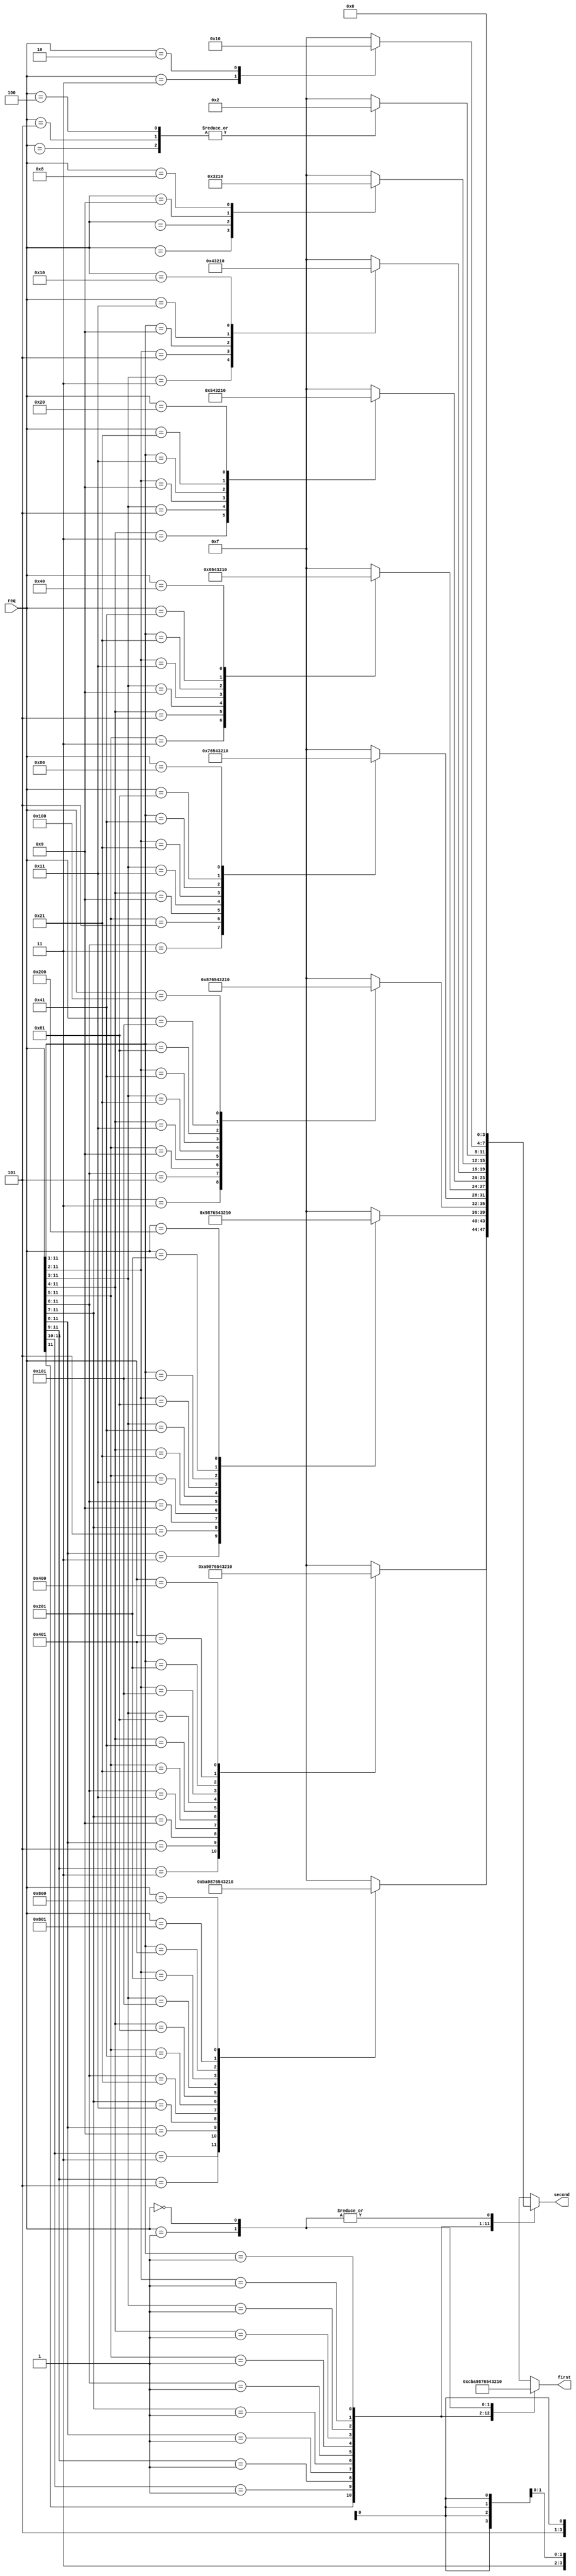
`timescale 1ns / 1ps
//////////////////////////////////////////////////////////////////////////////////
// Company: 
// Engineer: 
// 
// Design Name: 
// Module Name: dualPriorityEncoder
// Project Name: 
// Target Devices: 
// Tool Versions: 
// Description: 
// 
// Dependencies: 
// 
// Revision:
// Revision 0.01 - File Created
// Additional Comments:
// 
//////////////////////////////////////////////////////////////////////////////////


module dualPriorityEncoder(
    input [11:0] req,
    output reg [3:0] first,
    output reg [3:0] second
    );

    always@(*) begin 
        casex(req)
            12'b1XXXXXXXXXXX: begin
                first = 4'b1100; 
                casex(req)
                    12'b11XXXXXXXXXX: begin
                        second = 4'b1011;
                    end 
                    12'b101XXXXXXXXX: begin
                        second = 4'b1010;
                    end 
                    12'b1001XXXXXXXX: begin
                        second = 4'b1001;
                    end 
                    12'b10001XXXXXXX: begin
                        second = 4'b1000;
                    end 
                    12'b100001XXXXXX: begin
                        second = 4'b0111;
                    end 
                    12'b1000001XXXXX: begin
                        second = 4'b0110;
                    end 
                    12'b10000001XXXX: begin
                        second = 4'b0101;
                    end 
                    12'b100000001XXX: begin
                        second = 4'b0100;
                    end 
                    12'b1000000001XX: begin
                        second = 4'b0011;
                    end 
                    12'b10000000001X: begin
                        second = 4'b0010;
                    end 
                    12'b100000000001: begin
                        second = 4'b0001;
                    end
                    12'b100000000000: begin
                        second = 4'b0000;
                    end 
                    default: begin
                        second = 4'b1111;
                    end
                endcase
            end
            12'b01XXXXXXXXXX: begin
                first = 4'b1011;
                casex(req)
                    12'b011XXXXXXXXX: begin
                        second = 4'b1010;
                    end
                    12'b0101XXXXXXXX: begin
                        second = 4'b1001;
                    end
                    12'b01001XXXXXXX: begin
                        second = 4'b1000;
                    end
                    12'b010001XXXXXX: begin
                        second = 4'b0111;
                    end
                    12'b0100001XXXXX: begin
                        second = 4'b0110;
                    end
                    12'b01000001XXXX: begin
                        second = 4'b0101;
                    end
                    12'b010000001XXX: begin
                        second = 4'b0100;
                    end
                    12'b0100000001XX: begin
                        second = 4'b0011;
                    end
                    12'b01000000001X: begin
                        second = 4'b0010;
                    end
                    12'b010000000001: begin
                        second = 4'b0001;
                    end
                    12'b010000000000: begin
                        second = 4'b0000;
                    end
                    default: begin
                        second = 4'b1111;
                    end
                endcase
            end
            12'b001XXXXXXXXX: begin
                first = 4'b1010;
                casex(req)
                    12'b0011XXXXXXXX: begin
                        second = 4'b1001;
                    end
                    12'b00101XXXXXXX: begin
                        second = 4'b1000;
                    end
                    12'b001001XXXXXX: begin
                        second = 4'b0111;
                    end
                    12'b0010001XXXXX: begin
                        second = 4'b0110;
                    end
                    12'b00100001XXXX: begin
                        second = 4'b0101;
                    end
                    12'b001000001XXX: begin
                        second = 4'b0100;
                    end
                    12'b0010000001XX: begin
                        second = 4'b0011;
                    end
                    12'b00100000001X: begin
                        second = 4'b0010;
                    end
                    12'b001000000001: begin
                        second = 4'b0001;
                    end
                    12'b001000000000: begin
                        second = 4'b0000;
                    end
                    default: begin
                        second = 4'b1111;
                    end
                endcase
            end
            12'b0001XXXXXXXX: begin
                first = 4'b1001;
                casex(req)
                    12'b00011XXXXXXX: begin
                        second = 4'b1000;
                    end
                    12'b000101XXXXXX: begin
                        second = 4'b0111;
                    end
                    12'b0001001XXXXX: begin
                        second = 4'b0110;
                    end
                    12'b00010001XXXX: begin
                        second = 4'b0101;
                    end
                    12'b000100001XXX: begin
                        second = 4'b0100;
                    end
                    12'b0001000001XX: begin
                        second = 4'b0011;
                    end
                    12'b00010000001X: begin
                        second = 4'b0010;
                    end
                    12'b000100000001: begin
                        second = 4'b0001;
                    end
                    12'b000100000000: begin
                        second = 4'b0000;
                    end
                    default: begin
                        second = 4'b1111;
                    end
                endcase
            end
            12'b00001XXXXXXX: begin
                first = 4'b1000;
                casex(req)
                    12'b000011XXXXXX: begin    
                        second = 4'b0111;
                    end
                    12'b0000101XXXXX: begin    
                        second = 4'b0110;
                    end
                    12'b00001001XXXX: begin    
                        second = 4'b0101;
                    end
                    12'b000010001XXX: begin    
                        second = 4'b0100;
                    end
                    12'b0000100001XX: begin    
                        second = 4'b0011;
                    end
                    12'b00001000001X: begin    
                        second = 4'b0010;
                    end
                    12'b000010000001: begin    
                        second = 4'b0001;
                    end
                    12'b000010000000: begin    
                        second = 4'b0000;
                    end
                    default: begin
                        second = 4'b1111;
                    end
                endcase
            end
            12'b000001XXXXXX: begin
                first = 4'b0111; 
                casex(req)
                    12'b0000011XXXXX: begin
                        second = 4'b0110;
                    end
                    12'b00000101XXXX: begin
                        second = 4'b0101;
                    end
                    12'b000001001XXX: begin
                        second = 4'b0100;
                    end
                    12'b0000010001XX: begin
                        second = 4'b0011;
                    end
                    12'b00000100001X: begin
                        second = 4'b0010;
                    end
                    12'b000001000001: begin
                        second = 4'b0001;
                    end
                    12'b000001000000: begin
                        second = 4'b0000;
                    end
                    default: begin
                        second = 4'b1111;
                    end
                endcase
            end
            12'b0000001XXXXX: begin
                first = 4'b0110;  
                casex(req)
                    12'b00000011XXXX: begin
                        second = 4'b0101;
                    end
                    12'b000000101XXX: begin
                        second = 4'b0100;
                    end
                    12'b0000001001XX: begin
                        second = 4'b0011;
                    end
                    12'b00000010001X: begin
                        second = 4'b0010;
                    end
                    12'b000000100001: begin
                        second = 4'b0001;
                    end
                    12'b000000100000: begin
                        second = 4'b0000;
                    end
                    default: begin
                        second = 4'b1111;
                    end
                endcase
            end
            12'b00000001XXXX: begin
                first = 4'b0101;    
                casex(req)
                    12'b000000011XXX: begin
                        second = 4'b0100;
                    end
                    12'b0000000101XX: begin
                        second = 4'b0011;
                    end
                    12'b00000001001X: begin
                        second = 4'b0010;
                    end
                    12'b000000010001: begin
                        second = 4'b0001;
                    end
                    12'b000000010000: begin
                        second = 4'b0000;
                    end
                    default: begin
                        second = 4'b1111;
                    end
                endcase
            end
            12'b000000001XXX: begin
                first = 4'b0100;    
                case(req)
                    12'b0000000011XX: begin
                        second = 4'b0011;
                    end
                    12'b00000000101X: begin
                        second = 4'b0010;
                    end
                    12'b000000001001: begin
                        second = 4'b0001;
                    end
                    12'b000000001000: begin
                        second = 4'b0000;
                    end
                    default: begin
                        second = 4'b1111;
                    end
                endcase
            end
            12'b0000000001XX: begin
                first = 4'b0011; 
                case(req)
                    12'b00000000011X: begin
                        second = 4'b0010;
                    end
                    12'b000000000101: begin
                        second = 4'b0010;
                    end
                    12'b000000000100: begin
                        second = 4'b0010;
                    end
                    default: begin
                        second = 4'b1111;
                    end
                endcase   
            end
            12'b00000000001X: begin
                first = 4'b0010;    
                case(req)
                    12'b000000000011: begin
                        second = 4'b0001;
                    end
                    12'b000000000010: begin
                        second = 4'b0000;
                    end
                    default: begin
                        second = 4'b1111;
                    end
                endcase
            end
            12'b000000000001: begin
                first = 4'b0001;    
                second = 4'b0000;
            end
            12'b000000000000: begin
                first = 4'b0000;
                second = 4'b0000;
            end
            default: begin
                first = 4'b1111;
                second = 4'b1111;
            end
        endcase
    end

endmodule